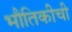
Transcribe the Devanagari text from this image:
भौतिकीची